Sketch of the medical history of the native army of Bombay, for the year
Year: 1872
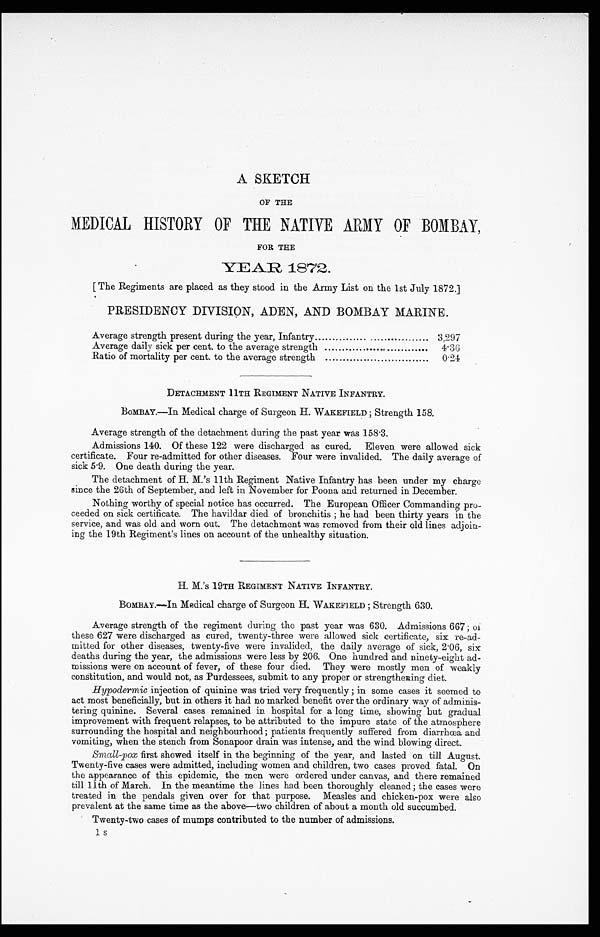
A SKETCH
OF THE
MEDICAL HISTORY OF THE NATIVE ARMY OF BOMBAY,
FOR THE
YEAR 1872.
[ The Regiments are placed as they stood in the Army List on the 1st July 1872.)
PRESIDENCY DIVISION, ADEN, AND BOMBAY MARINE.
Average strength present during the year, Infantry
3,297
Average daily sick per cent. to the average strength
4.36
Ratio of mortality per cent. to the average strength
0.24
DETACHMENT 11TH REGIMENT NATIVE INFANTRY.
BOMBAY.—In Medical charge of Surgeon H. WAKEFIELD; Strength 158.
Average strength of the detachment during the past year was 158.3.
Admissions 140. Of these 122 were discharged as cured. Eleven were allowed sick
certificate. Four re-admitted for other diseases. Four were invalided. The daily average of
sick 5.9. One death during the year.
The detachment of H. M.'s 11th Regiment Native Infantry has been under my charge
since the 26th of September, and left in November for Poona and returned in December.
Nothing worthy of special notice has occurred. The European Officer Commanding pro-
ceeded on sick certificate. The havildar died of bronchitis ; he had been thirty years in the
service, and was old and worn out. The detachment was removed from their old lines adjoin-
ing the 19th Regiment's lines on account of the unhealthy situation.
H. M.'s 19TH REGIMENT NATIVE INFANTRY.
BOMBAY.—In Medical charge of Surgeon WAKEFIELD ; Strength 630.
Average strength of the regiment during the past year was 630. Admissions 667 ; of
these 627 were discharged as cured, twenty-three were allowed sick certificate, six re-ad-
mitted for other diseases, twenty-five were invalided, the daily average of sick, 2.06, six
deaths during the year, the admissions were less by 206. One hundred and ninety-eight ad-
missions were on account of fever, of these four died. They were mostly men of weakly
constitution, and would not, as Purdessees, submit to any proper or strengthening diet.
Hypodermic injection of quinine was tried very frequently ; in some cases it seemed to
act most beneficially, but in others it had no marked benefit over the ordinary way of adminis-
tering quinine. Several cases remained in hospital for a long time, showing but gradual
improvement with frequent relapses, to be attributed to the impure state of the atmosphere
surrounding the hospital and neighbourhood ; patients frequently suffered from diarrhœa and
vomiting, when the stench from Sonapoor drain was intense, and the wind blowing direct.
Small-pox first showed itself in the beginning of the year, and lasted on till August.
Twenty-five cases were admitted, including women and children, two cases proved fatal. On
the appearance of this epidemic, the men were ordered under canvas, and there remained
till 11th of March. In the meantime the lines had been thoroughly cleaned ; the cases were
treated in the pendals given over for that purpose. Measles and chicken-pox were also
prevalent at the same time as the above—two children of about a month old succumbed.
Twenty-two cases of mumps contributed to the number of admissions.
I S